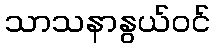
သာသနာနွယ်ဝင်